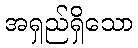
အရှည်ရှိသော